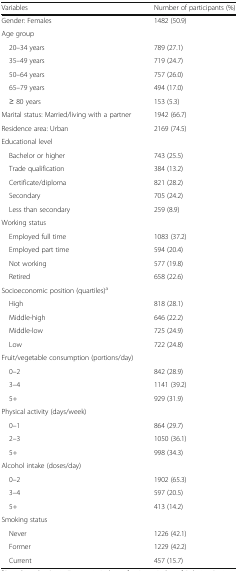
| Variables | Number of participants (%) |
 | --- | --- |
 | Gender: Females | 1482 (50.9) |
 | Age group |  |
 | 20–34 years | 789 (27.1) |
 | 35–49 years | 719 (24.7) |
 | 50–64 years | 757 (26.0) |
 | 65–79 years | 494 (17.0) |
 | ≥ 80 years | 153 (5.3) |
 | Marital status: Married/living with a partner | 1942 (66.7) |
 | Residence area: Urban | 2169 (74.5) |
 | Educational level |  |
 | Bachelor or higher | 743 (25.5) |
 | Trade qualification | 384 (13.2) |
 | Certificate/diploma | 821 (28.2) |
 | Secondary | 705 (24.2) |
 | Less than secondary | 259 (8.9) |
 | Working status |  |
 | Employed full time | 1083 (37.2) |
 | Employed part time | 594 (20.4) |
 | Not working | 577 (19.8) |
 | Retired | 658 (22.6) |
 | Socioeconomic position (quartiles)a |  |
 | High | 818 (28.1) |
 | Middle-high | 646 (22.2) |
 | Middle-low | 725 (24.9) |
 | Low | 722 (24.8) |
 | Fruit/vegetable consumption (portions/day) |  |
 | 0–2 | 842 (28.9) |
 | 3–4 | 1141 (39.2) |
 | 5+ | 929 (31.9) |
 | Physical activity (days/week) |  |
 | 0–1 | 864 (29.7) |
 | 2–3 | 1050 (36.1) |
 | 5+ | 998 (34.3) |
 | Alcohol intake (doses/day) |  |
 | 0–2 | 1902 (65.3) |
 | 3–4 | 597 (20.5) |
 | 5+ | 413 (14.2) |
 | Smoking status |  |
 | Never | 1226 (42.1) |
 | Former | 1229 (42.2) |
 | Current | 457 (15.7) |